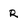
Character: R